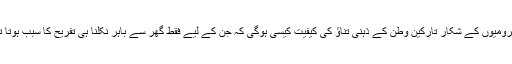
محرومیوں کے شکار تارکینِ وطن کے ذہنی تناؤ کی کیفیت کیسی ہوگی کہ جن کے لیے فقط گھر سے باہر نکلنا ہی تفریح کا سبب ہوتا تھا۔